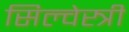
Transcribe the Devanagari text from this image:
सिल्वेस्त्री